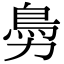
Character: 𩾜